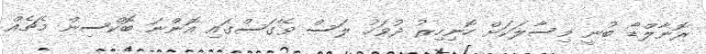
ރޮނާލްޑޯ ބުނީ މިސާލަކަށް ހޮނިހިރު ދުވަހު ލަސް ވޭގަސްގައި އޮންނަ ބޮކްސިން މެޗެއް